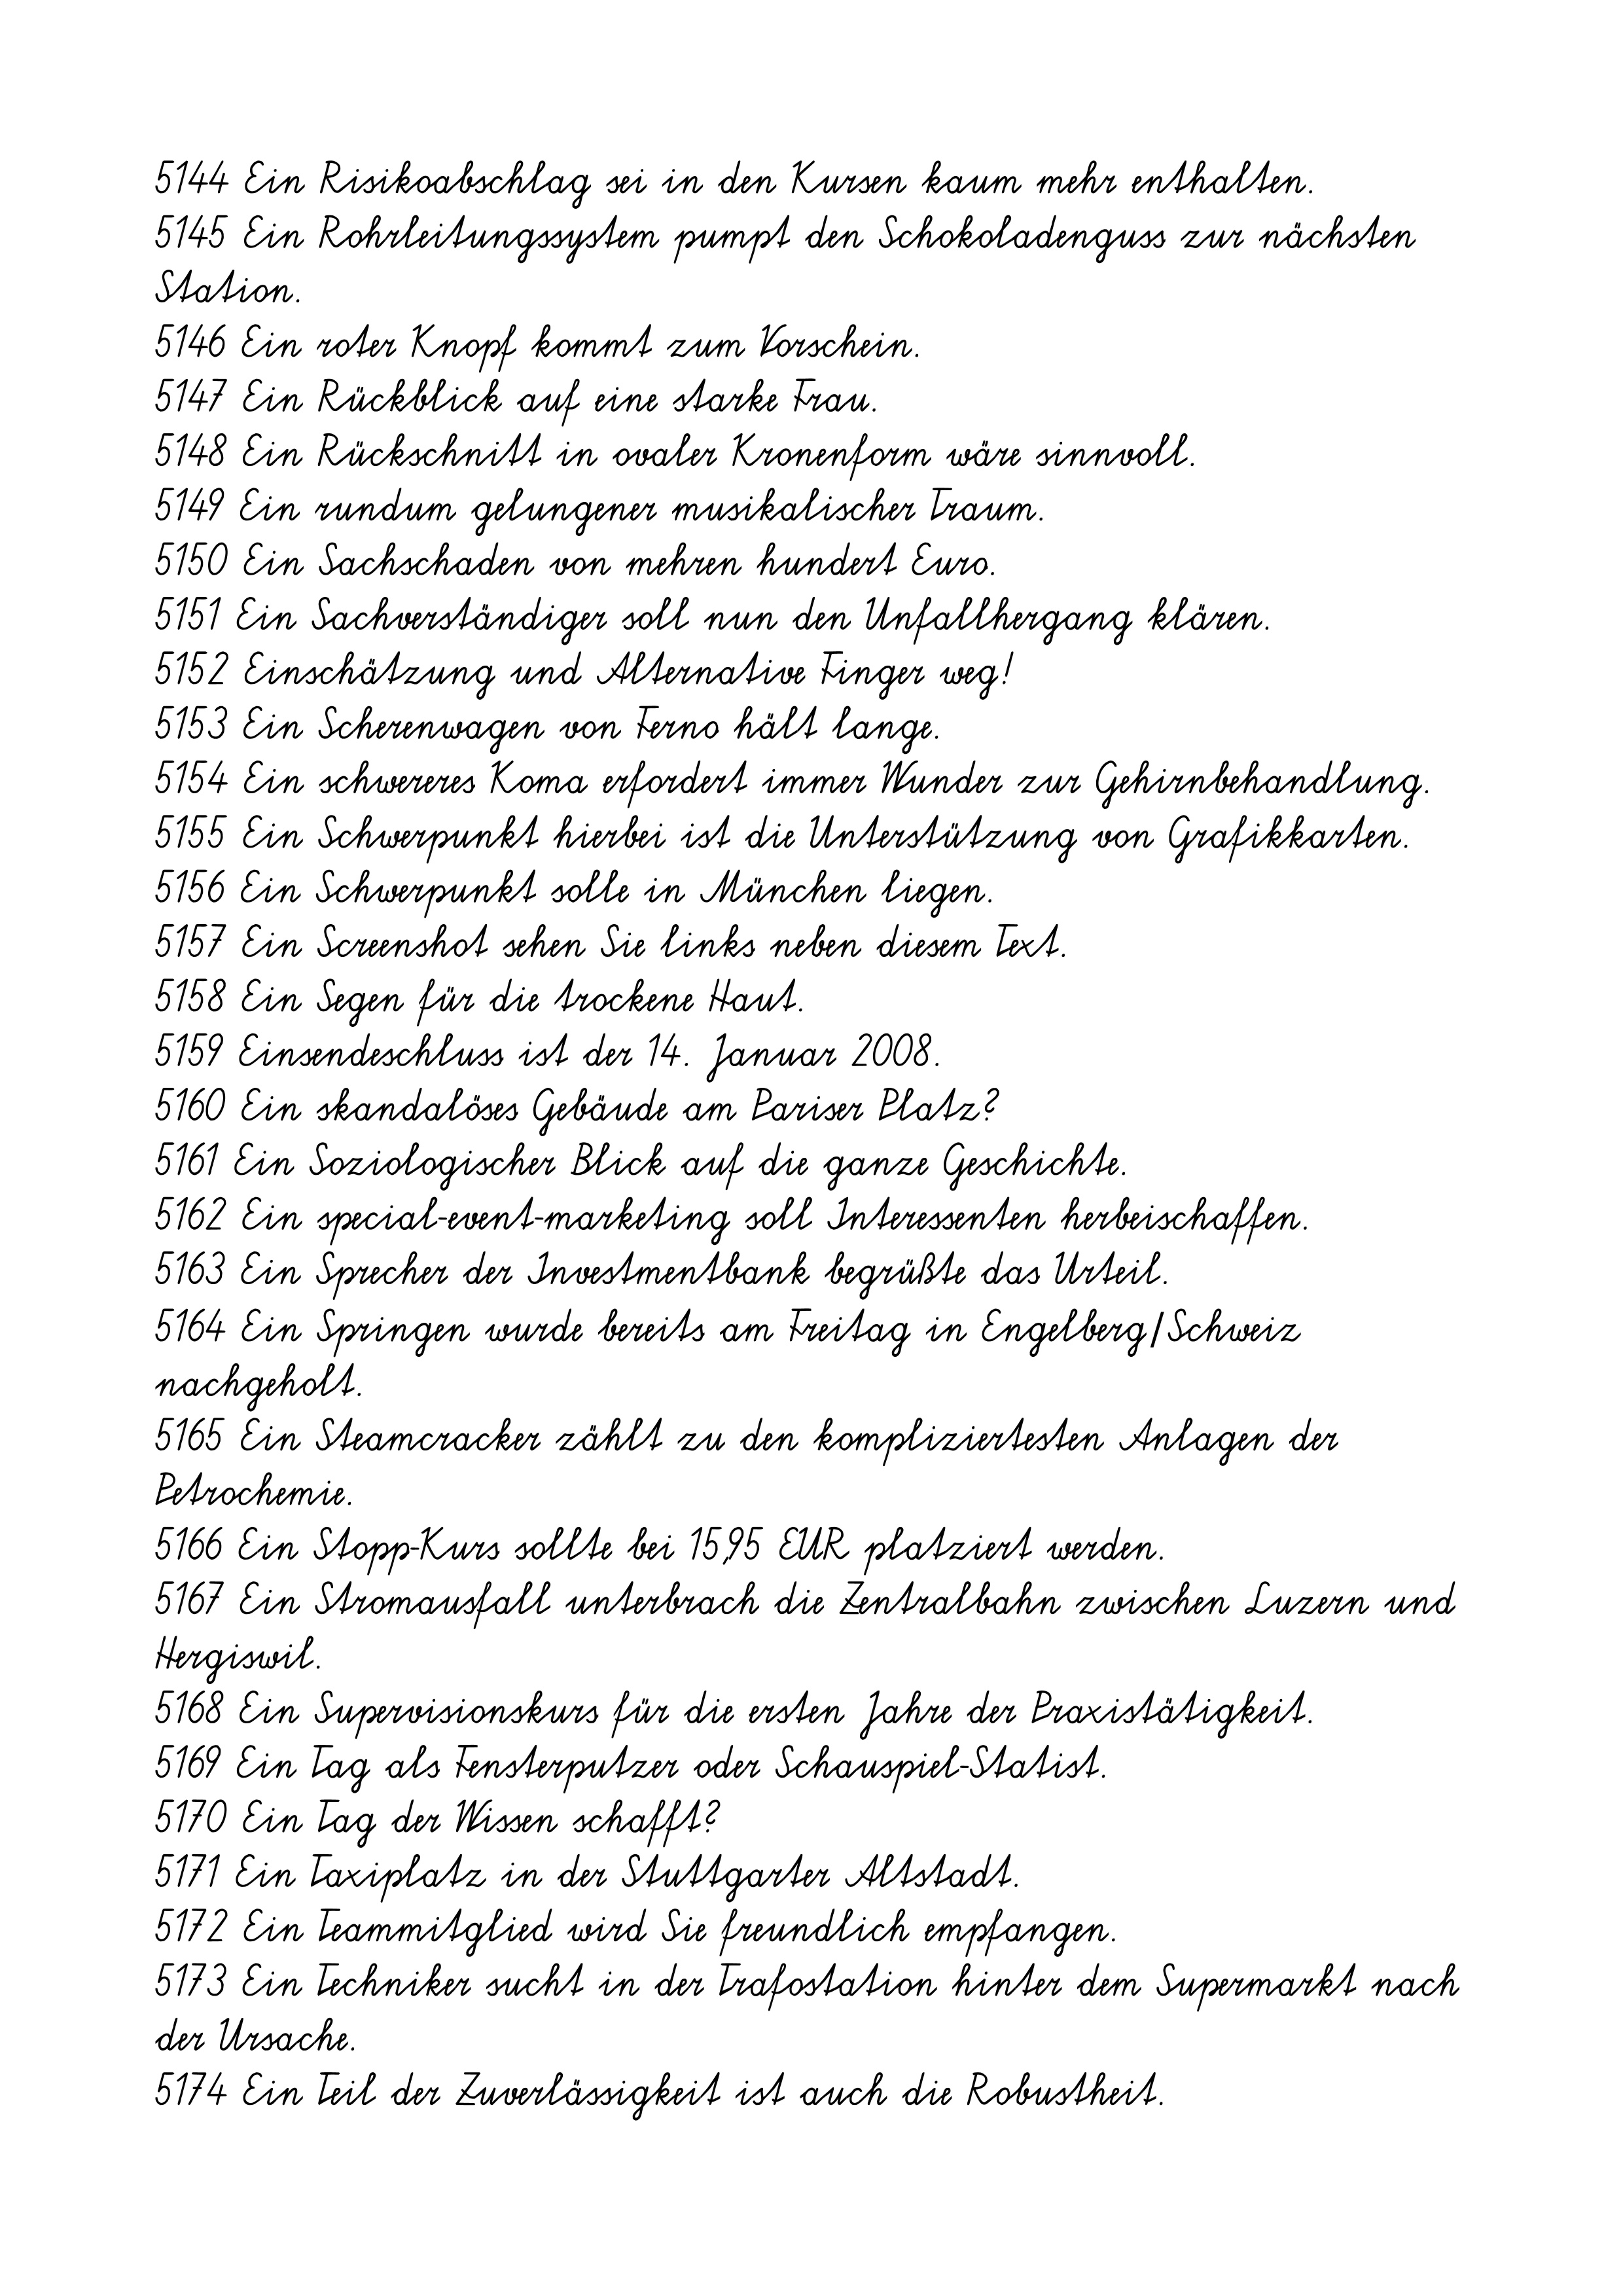
5144 Ein Risikoabschlag sei in den Kursen kaum mehr enthalten.
5145 Ein Rohrleitungssystem pumpt den Schokoladenguss zur nächsten
Station.
5146 Ein roter Knopf kommt zum Vorschein.
5147 Ein Rückblick auf eine starke Frau.
5148 Ein Rückschnitt in ovaler Kronenform wäre sinnvoll.
5149 Ein rundum gelungener musikalischer Traum.
5150 Ein Sachschaden von mehren hundert Euro.
5151 Ein Sachverständiger soll nun den Unfallhergang klären.
5152 Einschätzung und Alternative Finger weg!
5153 Ein Scherenwagen von Ferno hält lange.
5154 Ein schwereres Koma erfordert immer Wunder zur Gehirnbehandlung.
5155 Ein Schwerpunkt hierbei ist die Unterstützung von Grafikkarten.
5156 Ein Schwerpunkt solle in München liegen.
5157 Ein Screenshot sehen Sie links neben diesem Text.
5158 Ein Segen für die trockene Haut.
5159 Einsendeschluss ist der 14. Januar 2008.
5160 Ein skandalöses Gebäude am Pariser Platz?
5161 Ein Soziologischer Blick auf die ganze Geschichte.
5162 Ein special-event-marketing soll Interessenten herbeischaffen.
5163 Ein Sprecher der Investmentbank begrüßte das Urteil.
5164 Ein Springen wurde bereits am Freitag in Engelberg/Schweiz
nachgeholt.
5165 Ein Steamcracker zählt zu den kompliziertesten Anlagen der
Petrochemie.
5166 Ein Stopp-Kurs sollte bei 15,95 EUR platziert werden.
5167 Ein Stromausfall unterbrach die Zentralbahn zwischen Luzern und
Hergiswil.
5168 Ein Supervisionskurs für die ersten Jahre der Praxistätigkeit.
5169 Ein Tag als Fensterputzer oder Schauspiel-Statist.
5170 Ein Tag der Wissen schafft?
5171 Ein Taxiplatz in der Stuttgarter Altstadt.
5172 Ein Teammitglied wird Sie freundlich empfangen.
5173 Ein Techniker sucht in der Trafostation hinter dem Supermarkt nach
der Ursache.
5174 Ein Teil der Zuverlässigkeit ist auch die Robustheit.